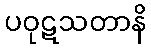
ပဝုဋသတာနိ